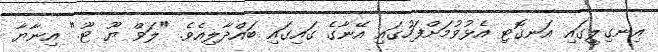
އިނގިލީގައި އަނގޮޓި އެޅުވުމަށްފަހުގައި އޭނާގެ ގައިގައި ބައްދާލިއެވެ. "ލަވް ޔޫ ޓޫ." އިނާޔާ